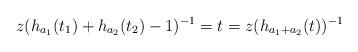
LaTeX: \begin{align*}z(h_{a_1}(t_1) + h_{a_2}(t_2) - 1)^{-1} = t = z(h_{a_1+a_2}(t))^{-1}\end{align*}